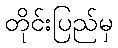
တိုင်းပြည်မှ